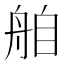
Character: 𮎌